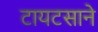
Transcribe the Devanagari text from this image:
टायटसाने